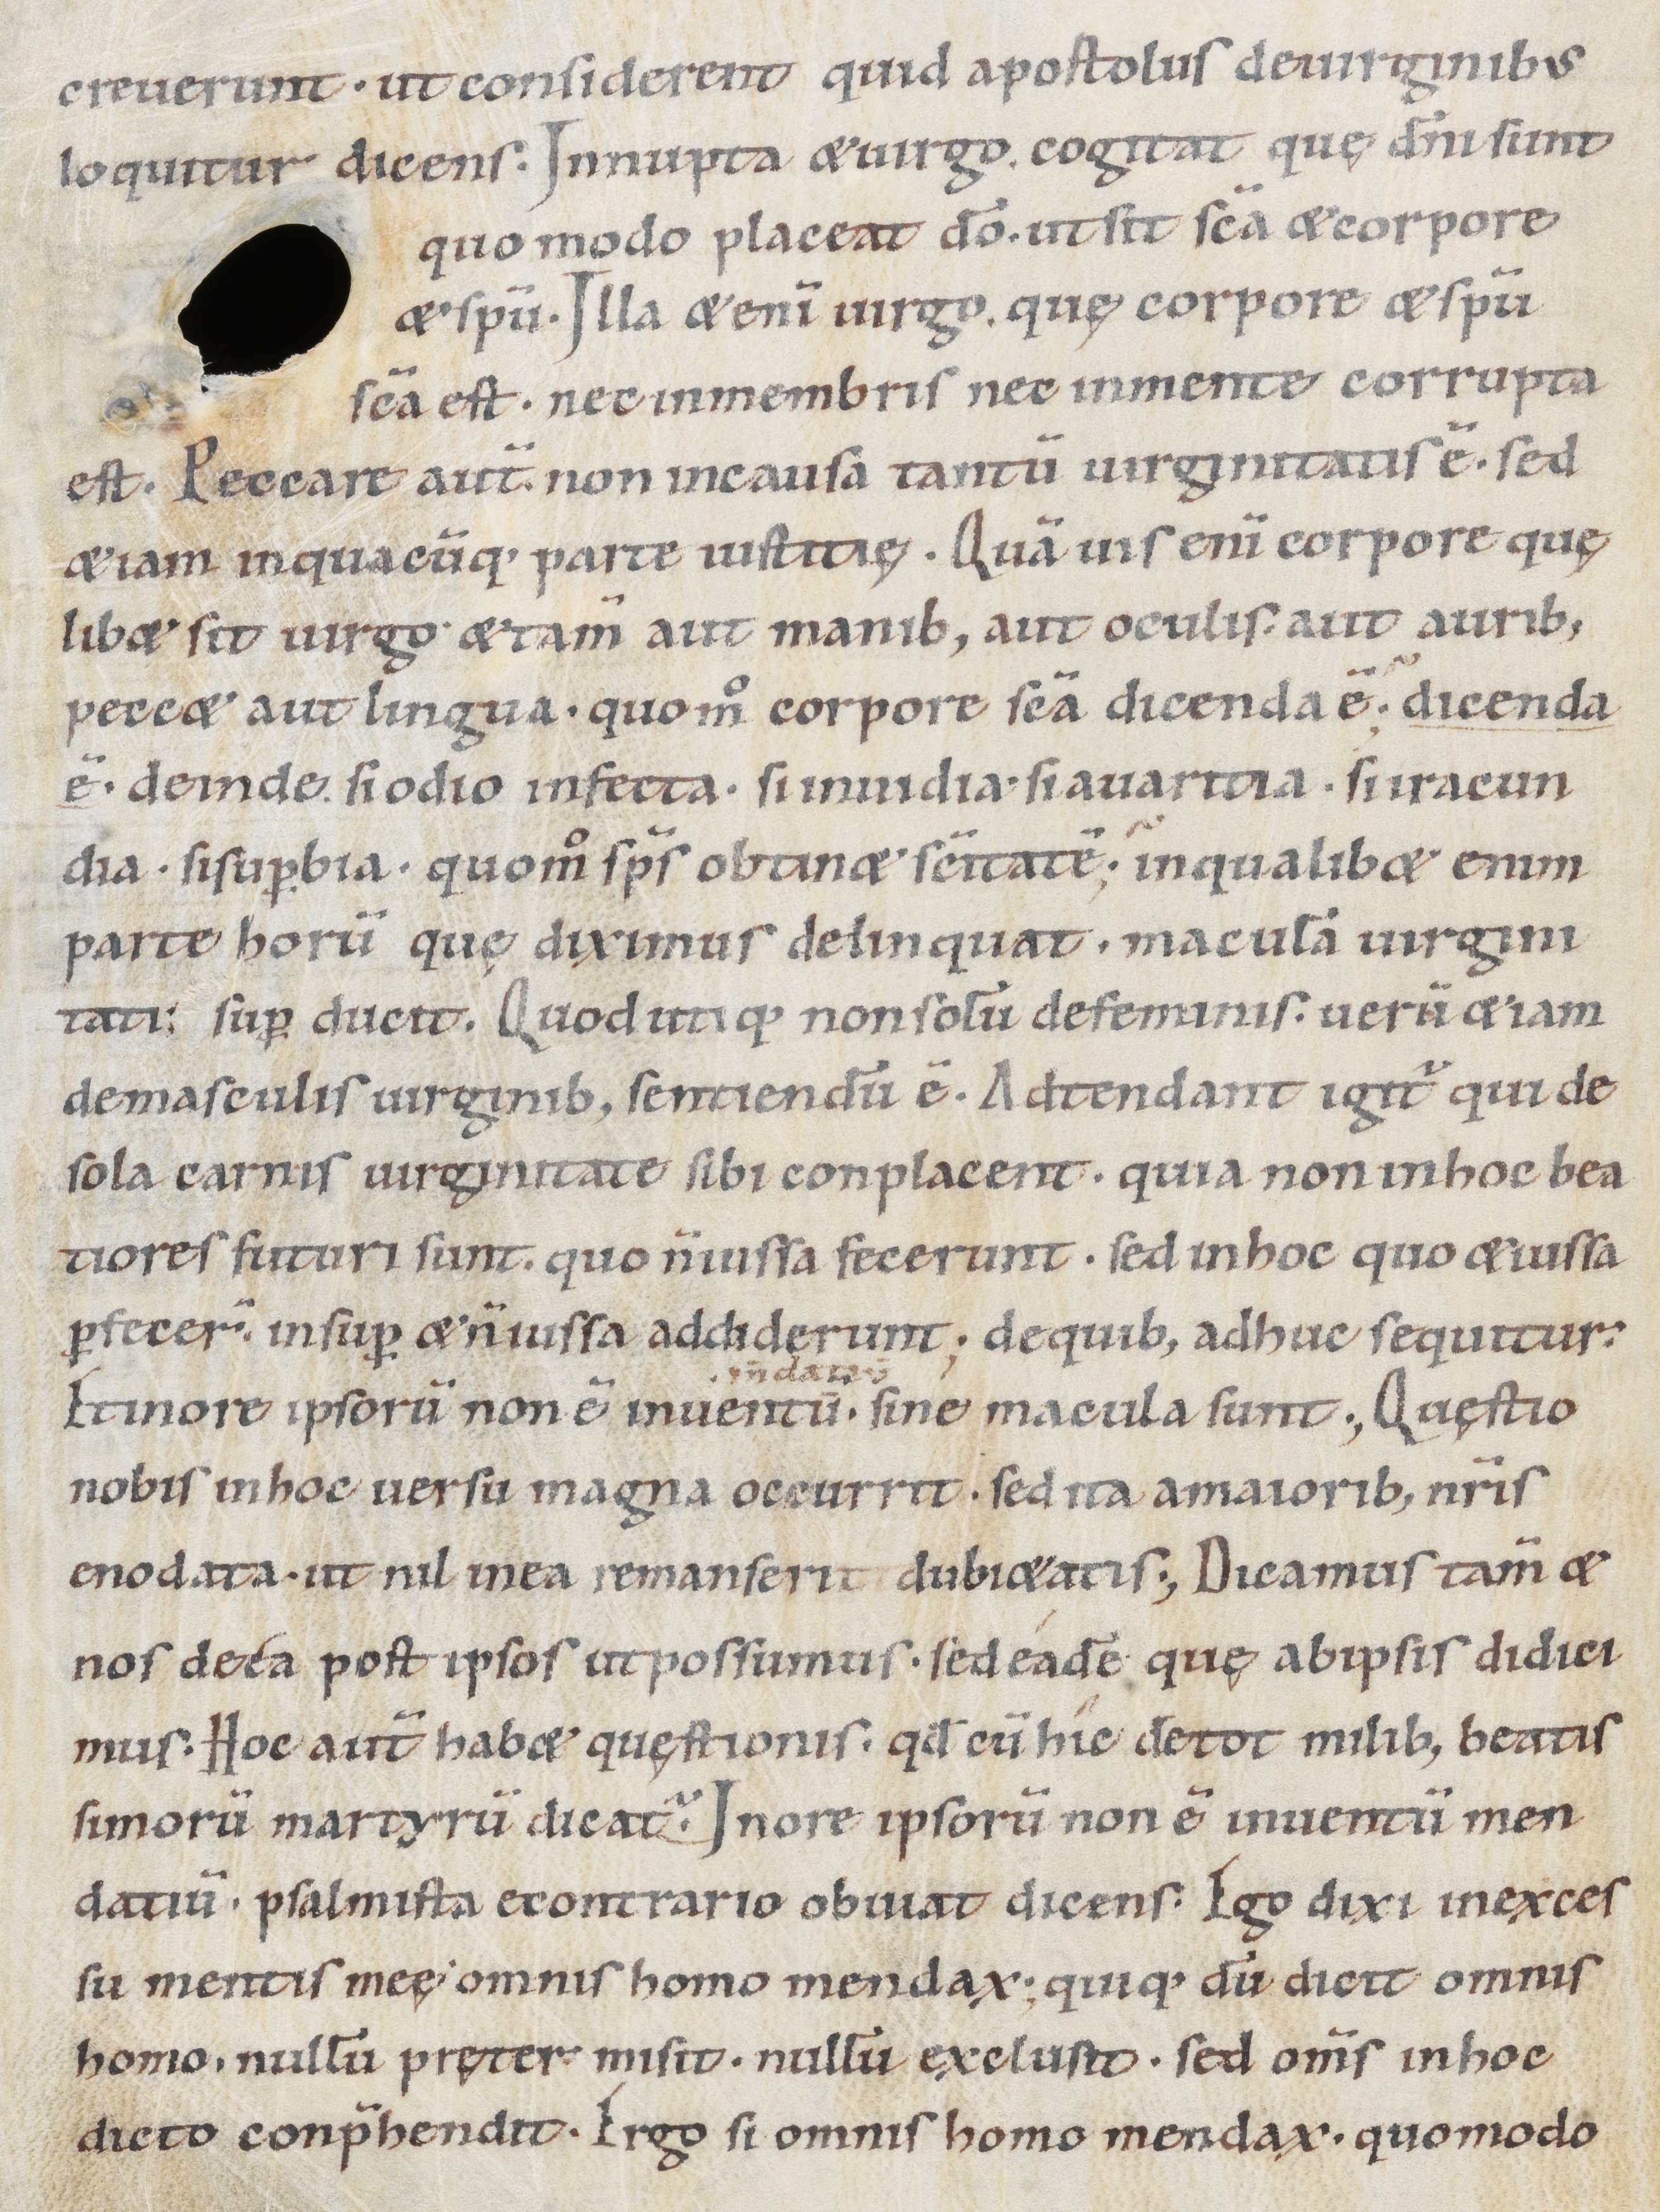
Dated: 1000–1099